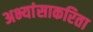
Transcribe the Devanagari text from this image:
अभ्यांसाकरिता